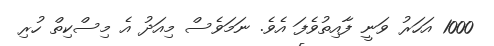
1000 އަހަރު ވަނީ ފާއިތުވެފަ އެވެ. ނަމަވެސް މިއަދު އެ މިސްކިތް ހުރި